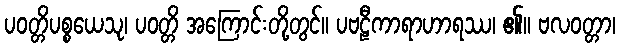
ပဝတ္တိပစ္စယေသု၊ ပဝတ္တိ အကြောင်းတို့တွင်။ ပဗဠီကာရာဟာရဿ၊ ၏။ ဗလဝတ္တာ၊